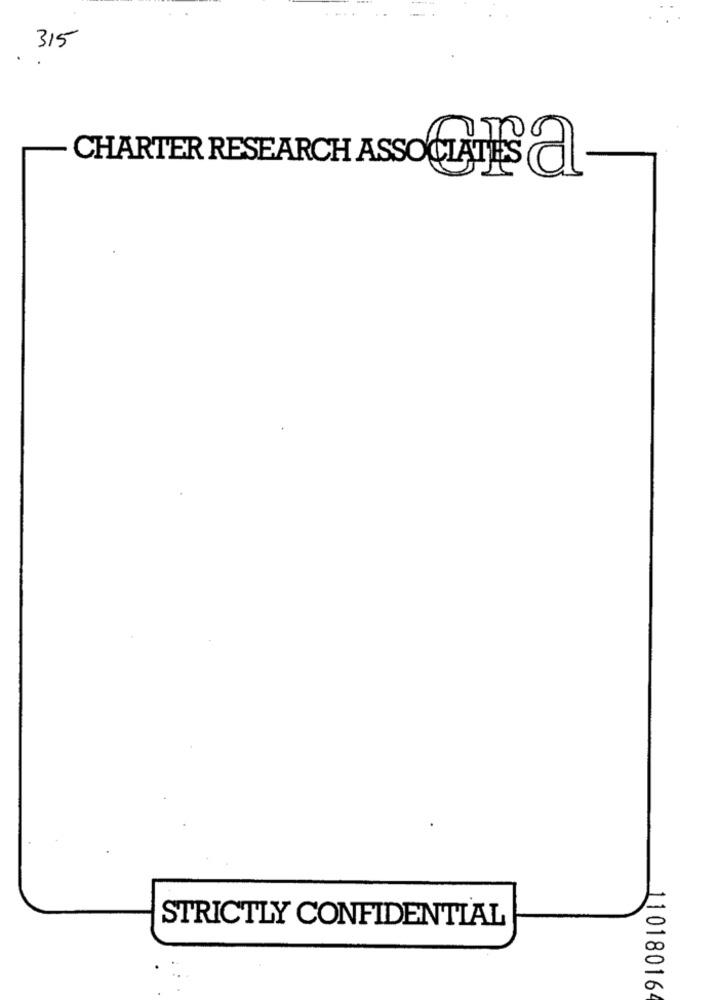
315
CHARTER RESEARCH ASSOCIATES a
STRICTLY CONFIDENTIAL
11018016